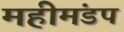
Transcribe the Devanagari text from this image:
महीमंडप